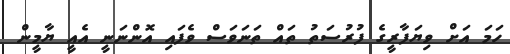
ހަމަ އަށް ވިޔަފާރީގެ ފުރުސަތު ތައް ތަނަވަސް ވެފައި އޮންނަނީ އެއީ ޔާމީން